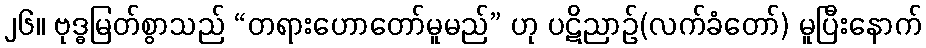
၂၆။ ဗုဒ္ဓမြတ်စွာသည် “တရားဟောတော်မူမည်” ဟု ပဋိညာဉ်(လက်ခံတော်) မူပြီးနောက်